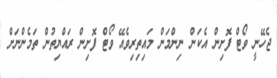
ޖެހޭނީ ވޯޓް ފޮށިން އެކަން ނިންމަން މައިތިރިވެއޭ ވޯޓް ފޮށިން ރައްޔިތުން ތަމެންނަށް